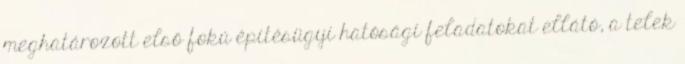
meghatározott első fokú építésügyi hatósági feladatokat ellátó, a telek